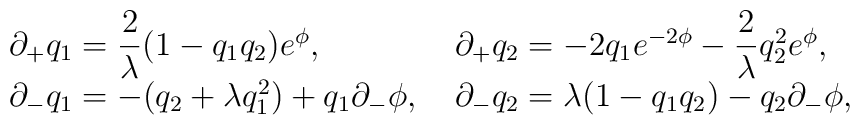
\left. \begin{array}{ll}\partial_{+}q_{1}={\displaystyle \frac{2}{\lambda} } (1 - q_{1} q_{2})e^{\phi} , \,\,&\partial_{+}q_{2}= - 2 q_{1} e^{-2\phi}  -{\displaystyle \frac{2}{\lambda} } q^{2}_{2} e^{\phi} , \\\partial_{-}q_{1}= - (q_{2} + \lambda q^{2}_{1})+ q_{1} \partial_{-}\phi, \,\,&\partial_{-}q_{2}=\lambda (1 - q_{1} q_{2} ) - q_{2}\partial_{-}\phi ,\end{array}\right.